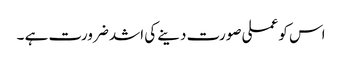
اس کو عملی صورت دینے کی اشد ضرورت ہے ۔